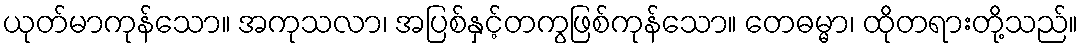
ယုတ်မာကုန်သော။ အကုသလာ၊ အပြစ်နှင့်တကွဖြစ်ကုန်သော။ တေဓမ္မာ၊ ထိုတရားတို့သည်။